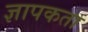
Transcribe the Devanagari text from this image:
ज्ञापकता